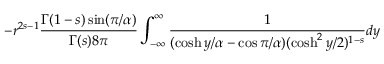
- r ^ { 2 s - 1 } { \frac { \Gamma ( 1 - s ) \sin ( \pi / \alpha ) } { \Gamma ( s ) 8 \pi } } \int _ { - \infty } ^ { \infty } { \frac { 1 } { ( \cosh y / \alpha - \cos \pi / \alpha ) ( \cosh ^ { 2 } y / 2 ) ^ { 1 - s } } } d y